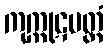
ကုက္ကုဋပတ္တံ